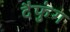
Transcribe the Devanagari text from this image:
दैफुंग